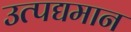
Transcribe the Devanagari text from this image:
उत्पद्यमान